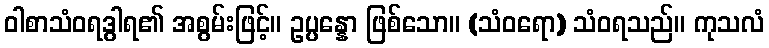
ဝါစာသံဝရဒွါရ၏ အစွမ်းဖြင့်။ ဥပ္ပန္နော ဖြစ်သော။ (သံဝရော) သံဝရသည်။ ကုသလံ